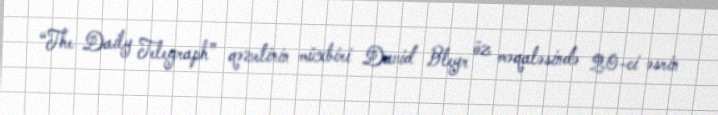
“The Daily Telegraph” qəzetinin müxbiri David Bleyr öz məqaləsində 20-ci əsrin